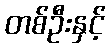
တစ်ဦးနှင့်